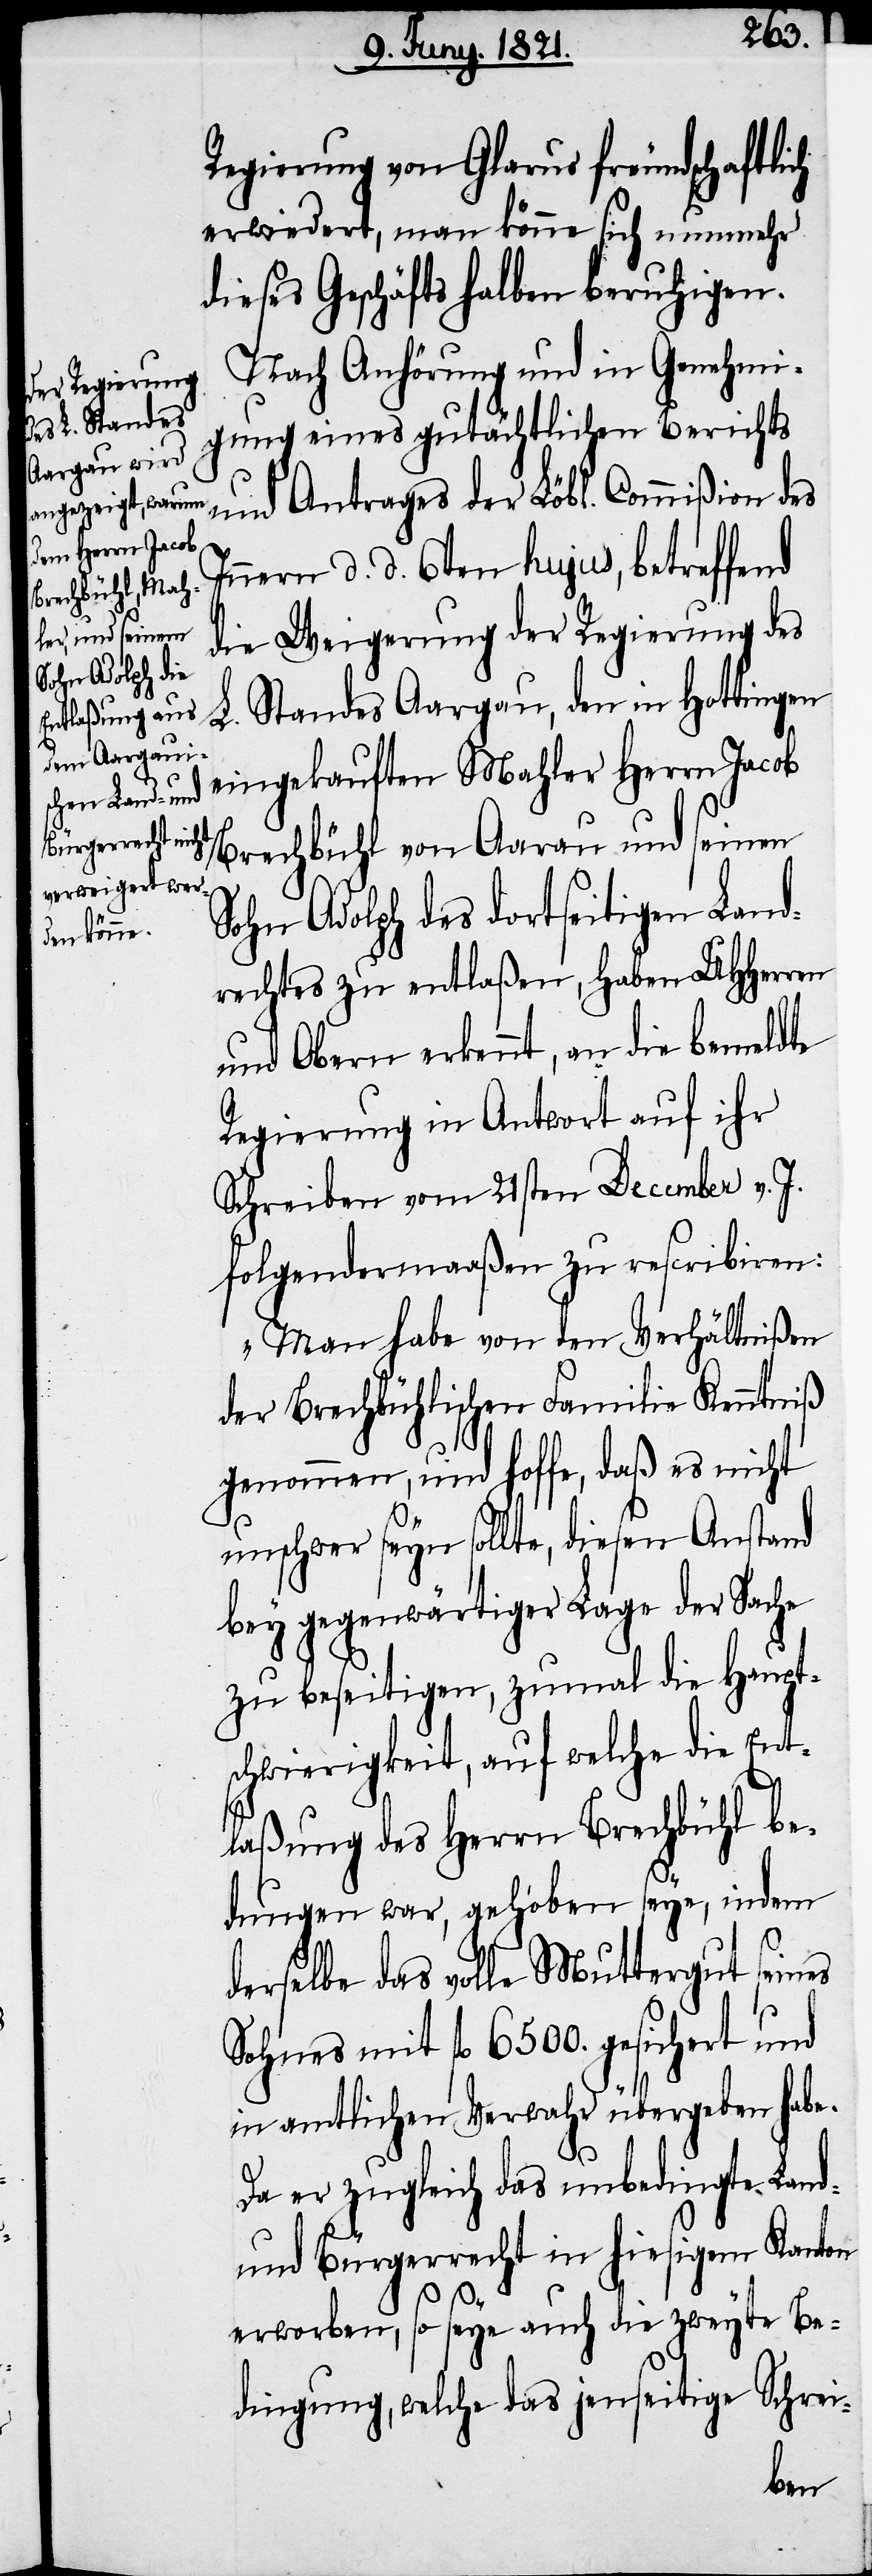
Nach Anhörung und in Genehmi¬
gung eines gutächtlichen Berichts
und Antrages der Löbl. Commißion des
Innern d. d. 6ten hujus, betreffend
die Weigerung der Regierung des
L. Standes Aargau, den in Hottingen
eingekauften Mahler Herrn Jacob
Brechbühl von Aarau und seinen
Sohn Adolph des dortseitigen Land¬
rechtes zu entlaßen, haben UHHerren
und Obern erkennt, an die bemeldte
Regierung in Antwort auf ihr
Schreiben vom 21sten December v. J.
folgendermaaßen zu rescribiren:
„Man habe von den Verhältnißen
der Brechbühlischen Familie Kenntniß
genommen, und hoffe, daß es nicht
unschwer seyn sollte, diesen Anstand
bey gegenwärtiger Lage der Sache
zu beseitigen, zumal die Haupt¬
schwierigkeit, auf welche die Ent¬
laßung des Herrn Brechbühl be¬
dungen war, gehoben seye, indem
derselbe das volle Muttergut seines
Sohnes mit fl. 6500. gesichert und
in amtlichen Verwahr übergeben habe.
Da er zugleich das unbedingte Land-
und Bürgerrecht in hiesigem Kanton
erworben, so seye auch die zweyte Be¬
dingung, welche das jenseitige Schrei-